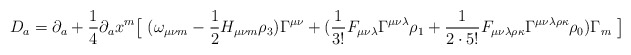
\begin{align*}D_a =\partial_a + { 1 \over 4}\partial_a x^m \big[\ (\omega_{ \mu \nu m} - {1\over 2} H_{ \mu \nu m} \rho_3) \Gamma^{ \mu \nu}+( { 1 \over 3!} F_{\mu\nu\lambda} \Gamma^{\mu\nu\lambda} \rho_1 + { 1 \over 2\cdot 5!} F_{\mu\nu\lambda\rho\kappa} \Gamma^{ \mu\nu\lambda\rho\kappa}\rho_0 ) \Gamma_m\ \big]\end{align*}